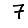
Digit: 7